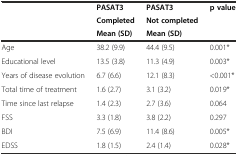
| <ROWSPAN=3>  | PASAT3 | PASAT3 | <ROWSPAN=3> p value |
 | Completed | Not completed |
 | Mean (SD) | Mean (SD) |
 | --- | --- | --- | --- |
 | Age | 38.2 (9.9) | 44.4 (9.5) | 0.001* |
 | Educational level | 13.5 (3.8) | 11.3 (4.9) | 0.003* |
 | Years of disease evolution | 6.7 (6.6) | 12.1 (8.3) | <0.001* |
 | Total time of treatment | 1.6 (2.7) | 3.1 (3.2) | 0.019* |
 | Time since last relapse | 1.4 (2.3) | 2.7 (3.6) | 0.064 |
 | FSS | 3.3 (1.8) | 3.8 (2.2) | 0.297 |
 | BDI | 7.5 (6.9) | 11.4 (8.6) | 0.005* |
 | EDSS | 1.8 (1.5) | 2.4 (1.4) | 0.028* |